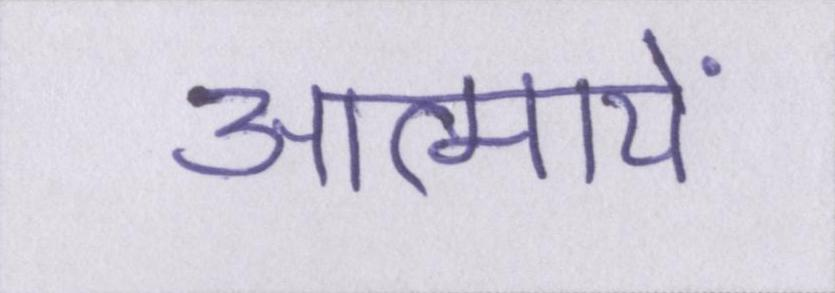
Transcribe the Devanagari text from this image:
आत्मायें